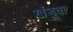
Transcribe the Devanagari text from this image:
खंडूवा